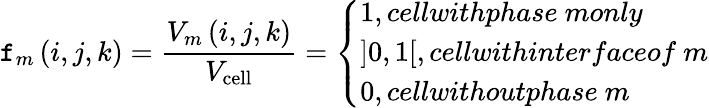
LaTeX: \mathtt{f}_{m}\left(i,j,k\right)=\frac{{V_{m}\left(i,j,k\right)}}{{V_{\mathrm{{cell}}}}}=\left\{ \begin{array}{ll}{1,cellwithphase~monly}\\ {\left]0,1\right[,cellwithinterfaceof~m}\\ {0,cellwithoutphase~m}\end{array}\right.